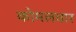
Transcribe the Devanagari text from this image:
काेमलवार